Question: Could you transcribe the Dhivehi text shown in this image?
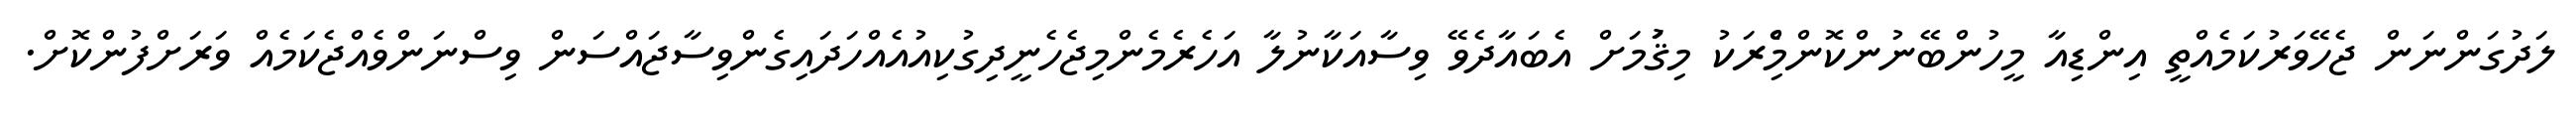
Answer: ލަދުގަންނަން ޖެހޭވަރުކަމެއްތީ އިންޑިއާ މީހުންބޭނުންކޮންމެްިރަކު މިޤަުމަށް އެބައާދެވޭ ވިސާއަކާނުލާ އަހެރެމެންމިޖެހެނީދިގުކިއުއެއްހަދައިގެންވިސާޖައްސަން ވިސްނަންވެއްޖެކަމެއް ވަރަށްފުންކޮށް.